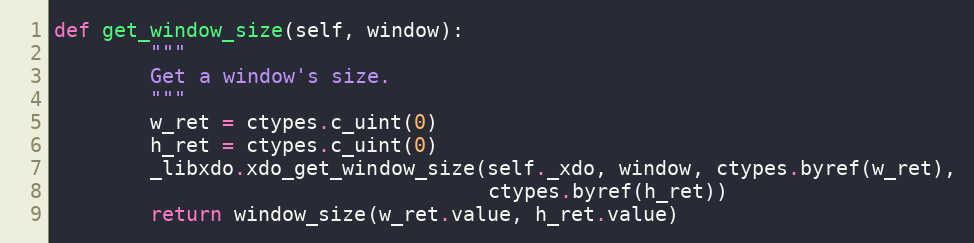
Language: Python
def get_window_size(self, window):
        """
        Get a window's size.
        """
        w_ret = ctypes.c_uint(0)
        h_ret = ctypes.c_uint(0)
        _libxdo.xdo_get_window_size(self._xdo, window, ctypes.byref(w_ret),
                                    ctypes.byref(h_ret))
        return window_size(w_ret.value, h_ret.value)